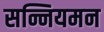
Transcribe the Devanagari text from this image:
सन्नियमन